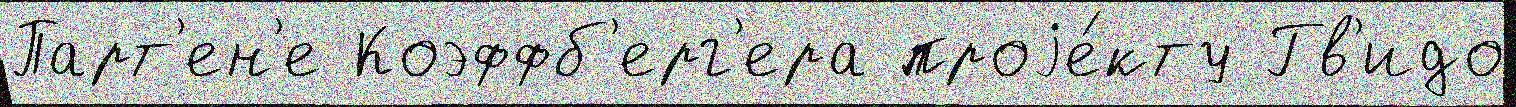
Парт'ен'е Коэффб'ерг'ера проjе́кту Гв'идо